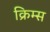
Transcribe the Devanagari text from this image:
क्रिम्स